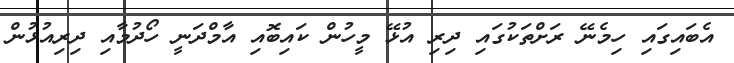
އެބައިގައި ހިމެނޭ ރަށްތަކުގައި ދިރި އުޅޭ މީހުން ކައިބޮއި އާމްދަނީ ހޯދުމާއި ދިރިއުޅުން